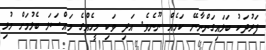
ފަރުދަކު ބަލައިގަންނާނޭ ކަމެއް ނޫނެވެ. އަދި ވަކި މީހެއްގެ މައްސަލަ ބެލުމަށް މުޅި